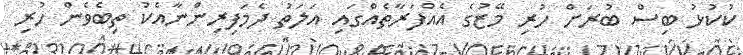
ކުކުޅު ބިސް ބުރަށް ހުރި މޭޒުގެ އެއްފަރާތެއްގައި އަލަތު ދެމަފިރިންނާއެކު ތިބެވެން ހުރި